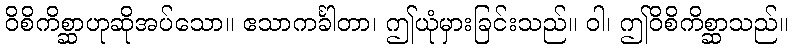
ဝိစိကိစ္ဆာဟုဆိုအပ်သော။ ဧသာကင်္ခါတာ၊ ဤယုံမှားခြင်းသည်။ ဝါ၊ ဤဝိစိကိစ္ဆာသည်။